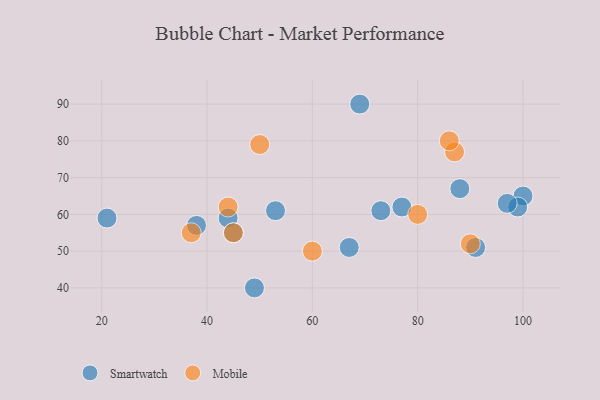
{"axis": {"x": "GDP", "y": "Life Expectancy"}, "legend": ["Mobile", "Smartwatch"], "data": [{"x": "77", "y": 62, "type": "Smartwatch"}, {"x": "100", "y": 65, "type": "Smartwatch"}, {"x": "44", "y": 59, "type": "Smartwatch"}, {"x": "99", "y": 62, "type": "Smartwatch"}, {"x": "88", "y": 67, "type": "Smartwatch"}, {"x": "73", "y": 61, "type": "Smartwatch"}, {"x": "97", "y": 63, "type": "Smartwatch"}, {"x": "67", "y": 51, "type": "Smartwatch"}, {"x": "53", "y": 61, "type": "Smartwatch"}, {"x": "69", "y": 90, "type": "Smartwatch"}, {"x": "38", "y": 57, "type": "Smartwatch"}, {"x": "45", "y": 55, "type": "Smartwatch"}, {"x": "91", "y": 51, "type": "Smartwatch"}, {"x": "21", "y": 59, "type": "Smartwatch"}, {"x": "49", "y": 40, "type": "Smartwatch"}, {"x": "50", "y": 79, "type": "Mobile"}, {"x": "60", "y": 50, "type": "Mobile"}, {"x": "37", "y": 55, "type": "Mobile"}, {"x": "80", "y": 60, "type": "Mobile"}, {"x": "87", "y": 77, "type": "Mobile"}, {"x": "44", "y": 62, "type": "Mobile"}, {"x": "90", "y": 52, "type": "Mobile"}, {"x": "45", "y": 55, "type": "Mobile"}, {"x": "86", "y": 80, "type": "Mobile"}]}